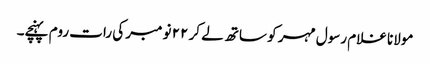
مولانا غلام رسول مہر کو ساتھ لے کر ٢٢ نومبر کی رات روم پہنچے۔